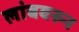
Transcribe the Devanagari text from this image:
लांबवरुन